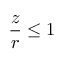
\frac { z } { r } \leq 1